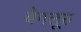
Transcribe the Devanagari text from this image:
बैगलूरु